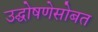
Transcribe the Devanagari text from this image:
उद्घोषणेसोबत